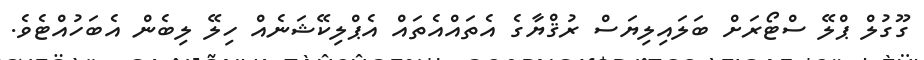
ގޫގުލް ޕްލޭ ސްޓޯރަށް ބަލައިލިޔަސް ރުޤްޔާގެ އެތައްއެތައް އެޕްލިކޭޝަނެއް ހިލޭ ލިބެން އެބަހުއްޓެވެ.